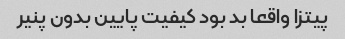
پیتزا واقعا بد بود کیفیت پایین بدون پنیر